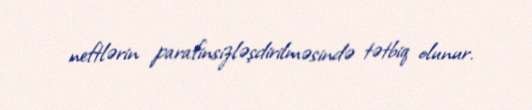
neftlərin parafinsizləşdirilməsində tətbiq olunur.